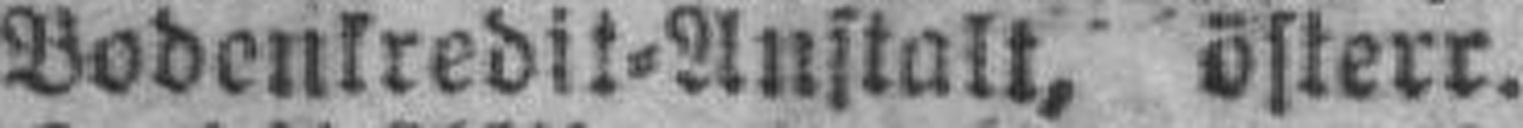
Bodenkredit=Anstalt, österr.